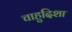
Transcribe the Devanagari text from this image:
चाहुदिशा